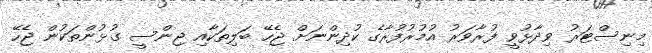
މިނިސްޓަރު ވިދާޅުވީ ފުރާވަރު އުމުރުފުރާގެ ކުދިންނަށް ޖެހޭ ބަލިތަކާއި ޖިންސީ ގުޅުންތަކުން ޖެހޭ